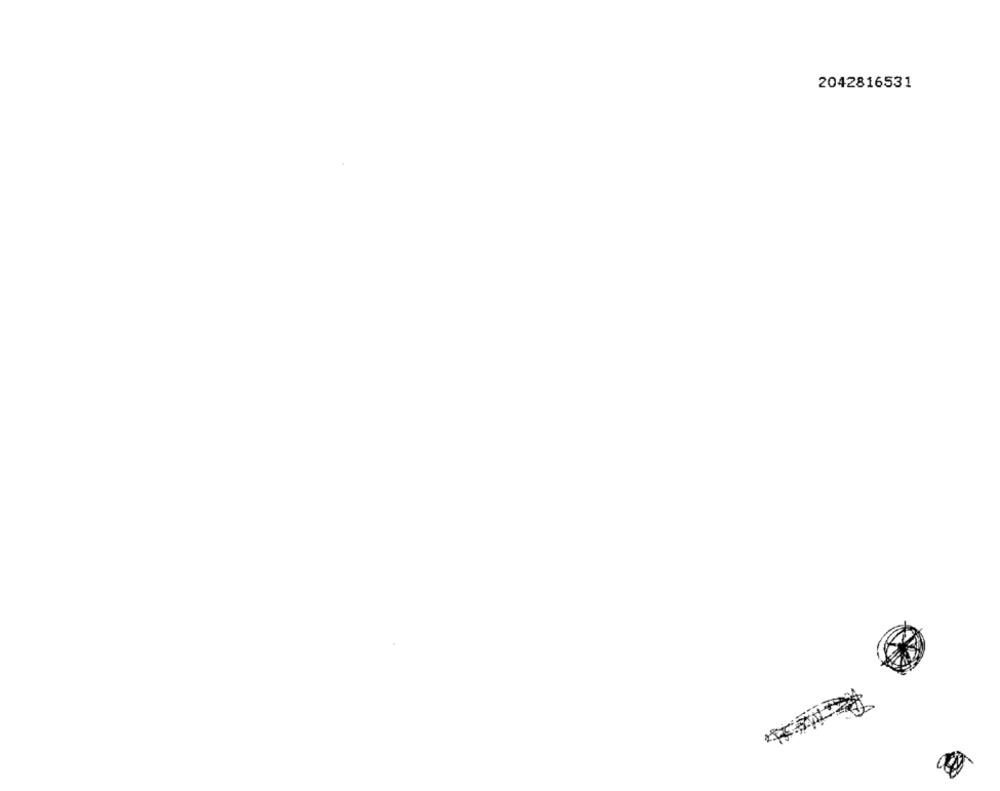
2042816531